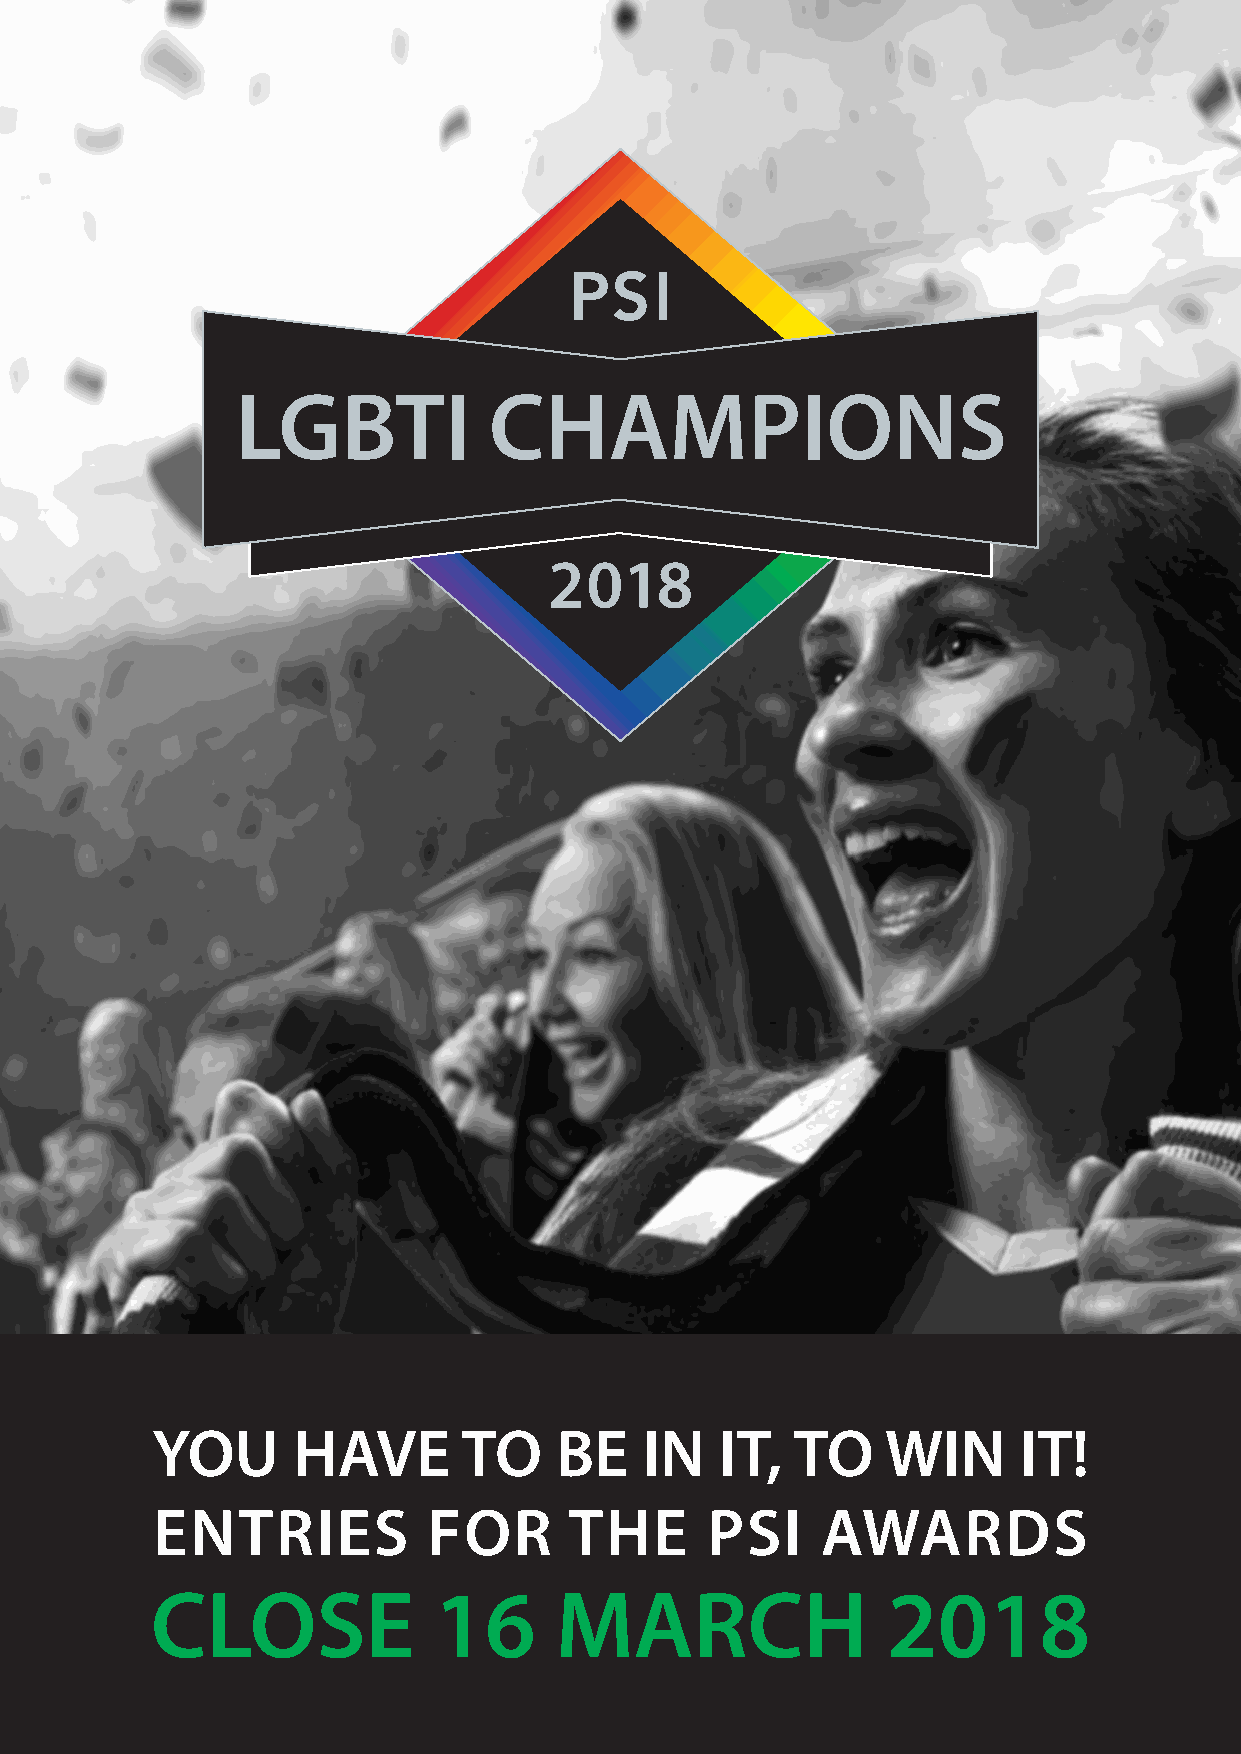
LGBTI           CHAMPIONS
 2018
 YOU      HAVE        TO    BE    IN   IT,  TO    WIN     IT!
 ENTRIES           FOR       THE      PSI    AWARDS
 CLOSE              16      MARCH                 2018